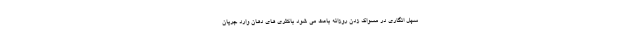
سهل انگاری در مسواک زدن روزانه باعث می شود باکتری های دهان وارد جریان